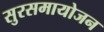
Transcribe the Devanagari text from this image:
सुरसमायोजन